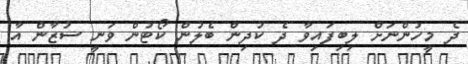
ދެ މީހުންނަށް ލިބިފައިވާ ދެ ކުދިން ބެލުން ކޯޓުން ވަނީ ސުޒާން އާ